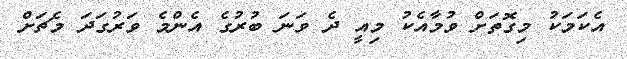
އެކަމަކު މިގޮތަށް ވުމާއެކު މިއީ ދެ ވަނަ ބުރުގެ އެންމެ ވަރުގަދަ މެޗަށް